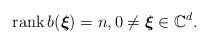
LaTeX: \begin{align*}\textnormal{rank}\,b(\boldsymbol{\xi})=n,0\neq \boldsymbol{\xi}\in\mathbb{C}^d.\end{align*}